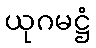
ယုဂမဋ္ဌံ